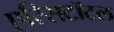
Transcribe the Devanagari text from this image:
एरिसटॉटल